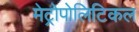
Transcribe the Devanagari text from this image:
मेट्रोपोलिटिकल